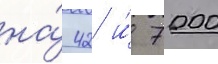
на́ 42 и́ 7000